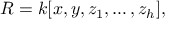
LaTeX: R = k [ x , y , z _ { 1 } , \ldots , z _ { h } ] ,